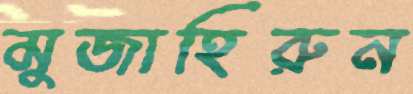
মুজাহিরুন